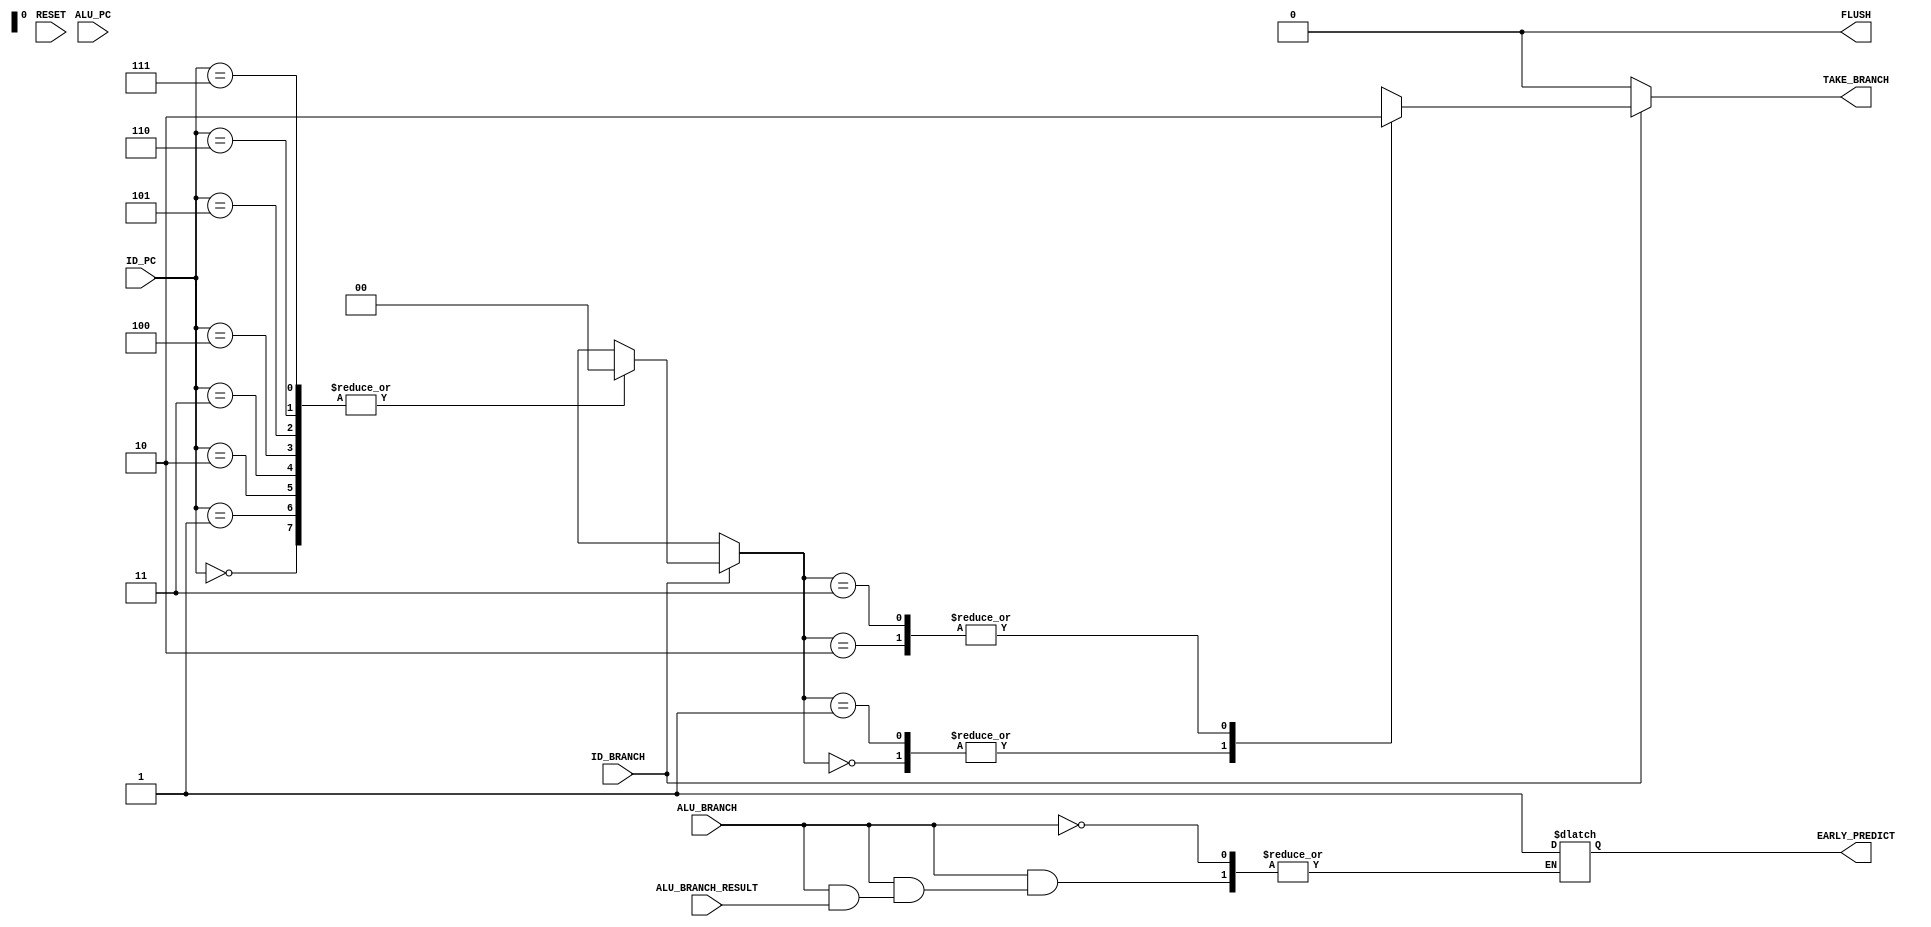

`timescale 1ns/100ps

module BRANCH_HAZZARDS(ID_PC, ALU_PC, RESET, ID_BRANCH, ALU_BRANCH, ALU_BRANCH_RESULT, FLUSH, EARLY_PREDICT, TAKE_BRANCH);

    input [2:0] ID_PC, ALU_PC;
    input RESET, ID_BRANCH, ALU_BRANCH, ALU_BRANCH_RESULT;
    output reg FLUSH, EARLY_PREDICT, TAKE_BRANCH;

    reg [1:0] PREDICTION[0:7];

    parameter BRANCH_TAKEN_STRONG = 2'b00, BRANCH_TAKEN_WEAK = 2'b01, BRANCH_NOTTAKEN_WEAK = 2'b10, BRANCH_NOTTAKEN_STRONG = 2'b11;

    // Logic for ALU_BRANCH prediction
    always @(*) begin
        if (ALU_BRANCH) begin
            case (PREDICTION[ALU_PC])
                BRANCH_TAKEN_STRONG:
                    if (ALU_BRANCH_RESULT) begin
                        PREDICTION[ALU_PC] = 2'b00;
                        FLUSH = 1'b0;
                    end
                    else begin
                        PREDICTION[ALU_PC] = 2'b01;
                        FLUSH = 1'b1;
                        EARLY_PREDICT = 1'b1;
                    end
                BRANCH_TAKEN_WEAK:
                    if (ALU_BRANCH_RESULT) begin
                        PREDICTION[ALU_PC] = 2'b00;
                        FLUSH = 1'b0;
                    end
                    else begin
                        PREDICTION[ALU_PC] = 2'b10;
                        FLUSH = 1'b1;
                        EARLY_PREDICT = 1'b1;
                    end
                BRANCH_NOTTAKEN_WEAK:
                    if (ALU_BRANCH_RESULT) begin
                        PREDICTION[ALU_PC] = 2'b01;
                        FLUSH = 1'b1;
                        EARLY_PREDICT = 1'b0;
                    end
                    else begin
                        PREDICTION[ALU_PC] = 2'b11;
                        FLUSH = 1'b0;
                    end
                BRANCH_NOTTAKEN_STRONG:
                    if (ALU_BRANCH_RESULT) begin
                        PREDICTION[ALU_PC] = 2'b10;
                        FLUSH = 1'b1;
                        EARLY_PREDICT = 1'b0;
                    end
                    else begin
                        PREDICTION[ALU_PC] = 2'b11;
                        FLUSH = 1'b0;
                    end
            endcase
        end
        else begin
            FLUSH = 1'b0;
        end
    end

    // Logic for ID_BRANCH prediction
    always @(*) begin
        if (ID_BRANCH) begin
            case (PREDICTION[ID_PC])
                BRANCH_TAKEN_STRONG:
                    TAKE_BRANCH = 1'b1;
                BRANCH_TAKEN_WEAK:
                    TAKE_BRANCH = 1'b1;
                BRANCH_NOTTAKEN_WEAK:
                    TAKE_BRANCH = 1'b0;
                BRANCH_NOTTAKEN_STRONG:
                    TAKE_BRANCH = 1'b0;
            endcase
        end
        else begin
            TAKE_BRANCH = 1'b0;
        end
    end

    // Initializing all branch decisions to BRANCH_TAKEN_STRONG state
    integer i;
    always @(RESET) begin
        FLUSH = 1'b0;
        for (i = 0; i < 8; i = i + 1) begin
            PREDICTION[i] = 2'b00;
        end
    end

endmodule


/*
ID_PC: The program counter (PC) value at the Instruction Decode (ID) stage. It represents the address of the current instruction being processed in the pipeline.

ALU_PC: The program counter (PC) value at the Arithmetic Logic Unit (ALU) stage. It represents the address of the instruction being processed by the ALU.

RESET: A control signal that initiates a reset operation in the pipeline. When RESET is asserted, the pipeline stages are cleared, and the pipeline is brought to an initial state.

ID_STAGE_BRANCH: A control signal indicating whether a branch instruction is encountered in the Instruction Decode (ID) stage. It is typically generated by the instruction decoder based on the opcode and determines if the current instruction is a branch instruction.

ALU_STAGE_BRANCH: A control signal indicating whether a branch instruction is being processed in the Arithmetic Logic Unit (ALU) stage. It is typically generated based on the type of branch instruction and determines if the current instruction is a branch instruction being executed by the ALU.

ALU_STAGE_BRANCH_RESULT: A signal that holds the result of the branch operation performed by the ALU. It represents the outcome of the branch instruction, such as whether the branch is taken or not.

FLUSH: A control signal used to flush or discard instructions in the pipeline. When FLUSH is asserted, it indicates that the instructions currently in the pipeline should be invalidated or cleared.

EARLY_PREDICTION: A technique used in branch prediction algorithms to predict the outcome of a branch instruction before it is executed. This signal indicates whether an early prediction is made for the branch instruction.

TAKE_BRANCH: A control signal indicating whether the branch instruction should be taken. It is typically based on the branch result from the ALU and the branch prediction. When TAKE_BRANCH is asserted, it indicates that the branch should be taken and the pipeline needs to be redirected to the target address specified by the branch instruction.

This module represents a branch predictor. Here's a summary of its functionality:

Input Ports:

ID_PC and ALU_PC: Current program counters for the ID and ALU stages.
RESET: Reset signal.
ID_BRANCH and ALU_BRANCH: Branch signals indicating the presence of a branch instruction in the ID and ALU stages, respectively.
ALU_BRANCH_RESULT: Result of the branch prediction from the ALU stage.
Output Ports:

FLUSH: Signal indicating whether the pipeline needs to be flushed.
EARLY_PREDICT: Signal indicating whether early branch prediction is enabled.
TAKE_BRANCH: Signal indicating whether the branch should be taken.
Internal Signals:

PREDICTION: Array of 2-bit registers representing the prediction state for different program counters.
BRANCH_TAKEN_STRONG, BRANCH_TAKEN_WEAK, BRANCH_NOTTAKEN_WEAK, BRANCH_NOTTAKEN_STRONG: Parameter values representing different branch prediction states.
Functionality:

The module uses two separate always blocks to handle the branch prediction for the ALU stage and ID stage.
In the ALU stage branch prediction, the module checks the current prediction state stored in PREDICTION[ALU_PC] and evaluates the branch result (ALU_BRANCH_RESULT).
Depending on the prediction state and branch result, the module updates the prediction state, sets the FLUSH signal accordingly, and determines the EARLY_PREDICT value.
Similarly, in the ID stage branch prediction, the module checks the current prediction state stored in PREDICTION[ID_PC] and sets the TAKE_BRANCH signal based on the prediction state.
The RESET signal is used to initialize all branch predictions to the BRANCH_TAKEN_STRONG state in the always @(RESET) block.
Overall, this module implements a branch predictor that uses prediction states and branch results to determine whether to take the branch and whether to flush the pipeline.
*/